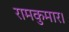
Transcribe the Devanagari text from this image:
रामकुमार।